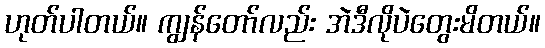
ဟုတ်ပါတယ်။ ကျွန်တော်လည်း အဲဒီလိုပဲတွေးမိတယ်။